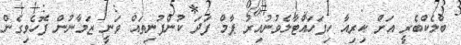
ބްލެކްބެރީ އަށް ކިރިއާ ހިފަހައްޓާލެވުނުއިރު ޕާމް ފަދަ ކުންފުނިތައް ވަނީ ޒަމާނުން ފޮހެވިގެން